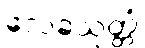
လေခသုတ္တံ